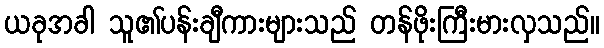
ယခုအခါ သူ၏ပန်းချီကားများသည် တန်ဖိုးကြီးမားလှသည်။